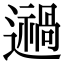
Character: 𨘌